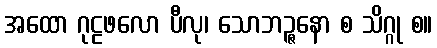
အထော ဂုဠဖလော ပီလု၊ သောဘဉ္ဇနော စ သိဂ္ဂု စ။